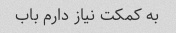
به کمکت نیاز دارم باب